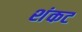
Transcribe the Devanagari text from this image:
शंकट